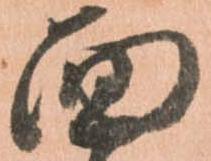
面